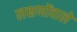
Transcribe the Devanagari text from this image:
लक्षणोंवाले